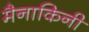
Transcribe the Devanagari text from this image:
मैनाकिनी